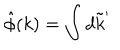
LaTeX: \hat { \phi } ( k ) = \int d \tilde { k } ^ { \prime }